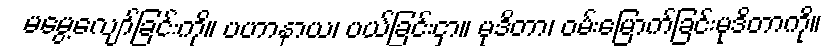
မမွေ့လျော်ခြင်းကို။ ပဟာနာယ၊ ပယ်ခြင်းငှာ။ မုဒိတာ၊ ဝမ်းမြောက်ခြင်းမုဒိတာကို။